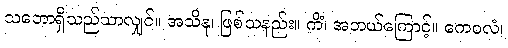
သဘောရှိသည်သာလျှင်။ အသိနု၊ ဖြစ်သနည်း။ ကိံ၊ အဘယ်ကြောင့်။ ကေဝလံ၊